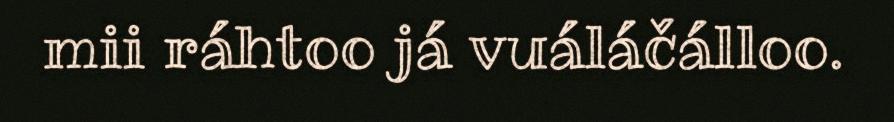
mii ráhtoo já vuáláčálloo.